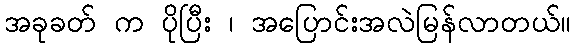
အခုခတ် က ပိုပြီး ၊ အပြောင်းအလဲမြန်လာတယ်။